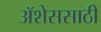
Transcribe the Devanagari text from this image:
ॲशेससाठी